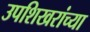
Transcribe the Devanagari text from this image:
उपशिखरांच्या